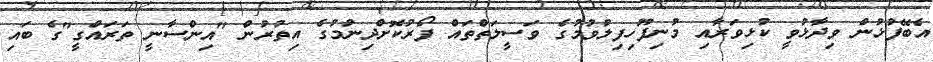
އެބޭފުޅުން ވިދާޅުވީ ކުޅިވަރާއި މުނިފޫހިފިލުވުމުގެ ވަސީލަތްތައް ފޯރުކޮށްދިނުމުގެ އިތުރުން "އިންސާނީ ތަރައްގީ"ގެ ބައި